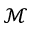
\mathcal M